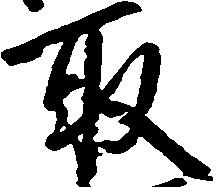
取